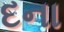
દના